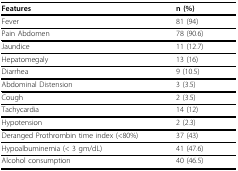
| Features | n (%) |
 | --- | --- |
 | Fever | 81 (94) |
 | Pain Abdomen | 78 (90.6) |
 | Jaundice | 11 (12.7) |
 | Hepatomegaly | 13 (16) |
 | Diarrhea | 9 (10.5) |
 | Abdominal Distension | 3 (3.5) |
 | Cough | 2 (3.5) |
 | Tachycardia | 14 (12) |
 | Hypotension | 2 (2.3) |
 | Deranged Prothrombin time index (<80%) | 37 (43) |
 | Hypoalbuminemia (< 3 gm/dL) | 41 (47.6) |
 | Alcohol consumption | 40 (46.5) |